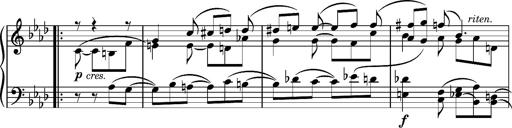
Title: Album-leaf 'Andante con moto' (S.166l/1)
Composer: Franz Liszt
Key: A-flat major (S.166l/1)